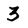
Character: 3